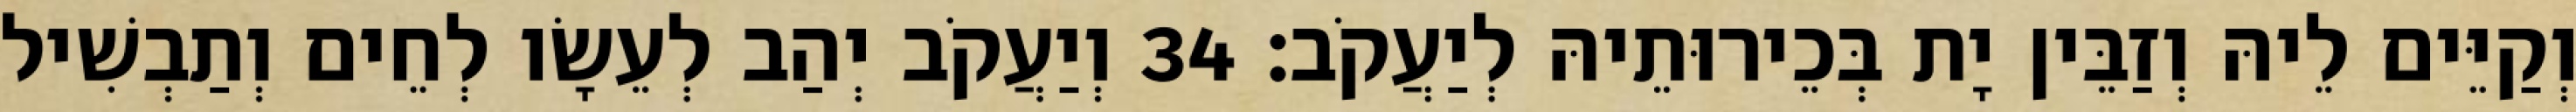
וְקַיֵּים לֵיהּ וְזַבֵּין יָת בְּכֵירוּתֵיהּ לְיַעֲקֹב׃ 34 וְיַעֲקֹב יְהַב לְעֵשָׂו לְחֵים וְתַבְשִׁיל